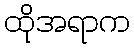
ထိုအရာက